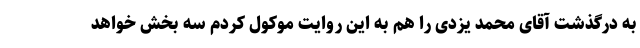
به درگذشت آقای محمد یزدی را هم به این روایت موکول کردم سه بخش خواهد